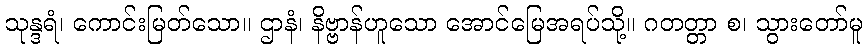
သုန္ဒရံ၊ ကောင်းမြတ်သော။ ဌာနံ၊ နိဗ္ဗာန်ဟူသော အောင်မြေအရပ်သို့။ ဂတတ္တာ စ၊ သွားတော်မူ